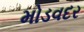
મોડવદર